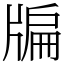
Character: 牑